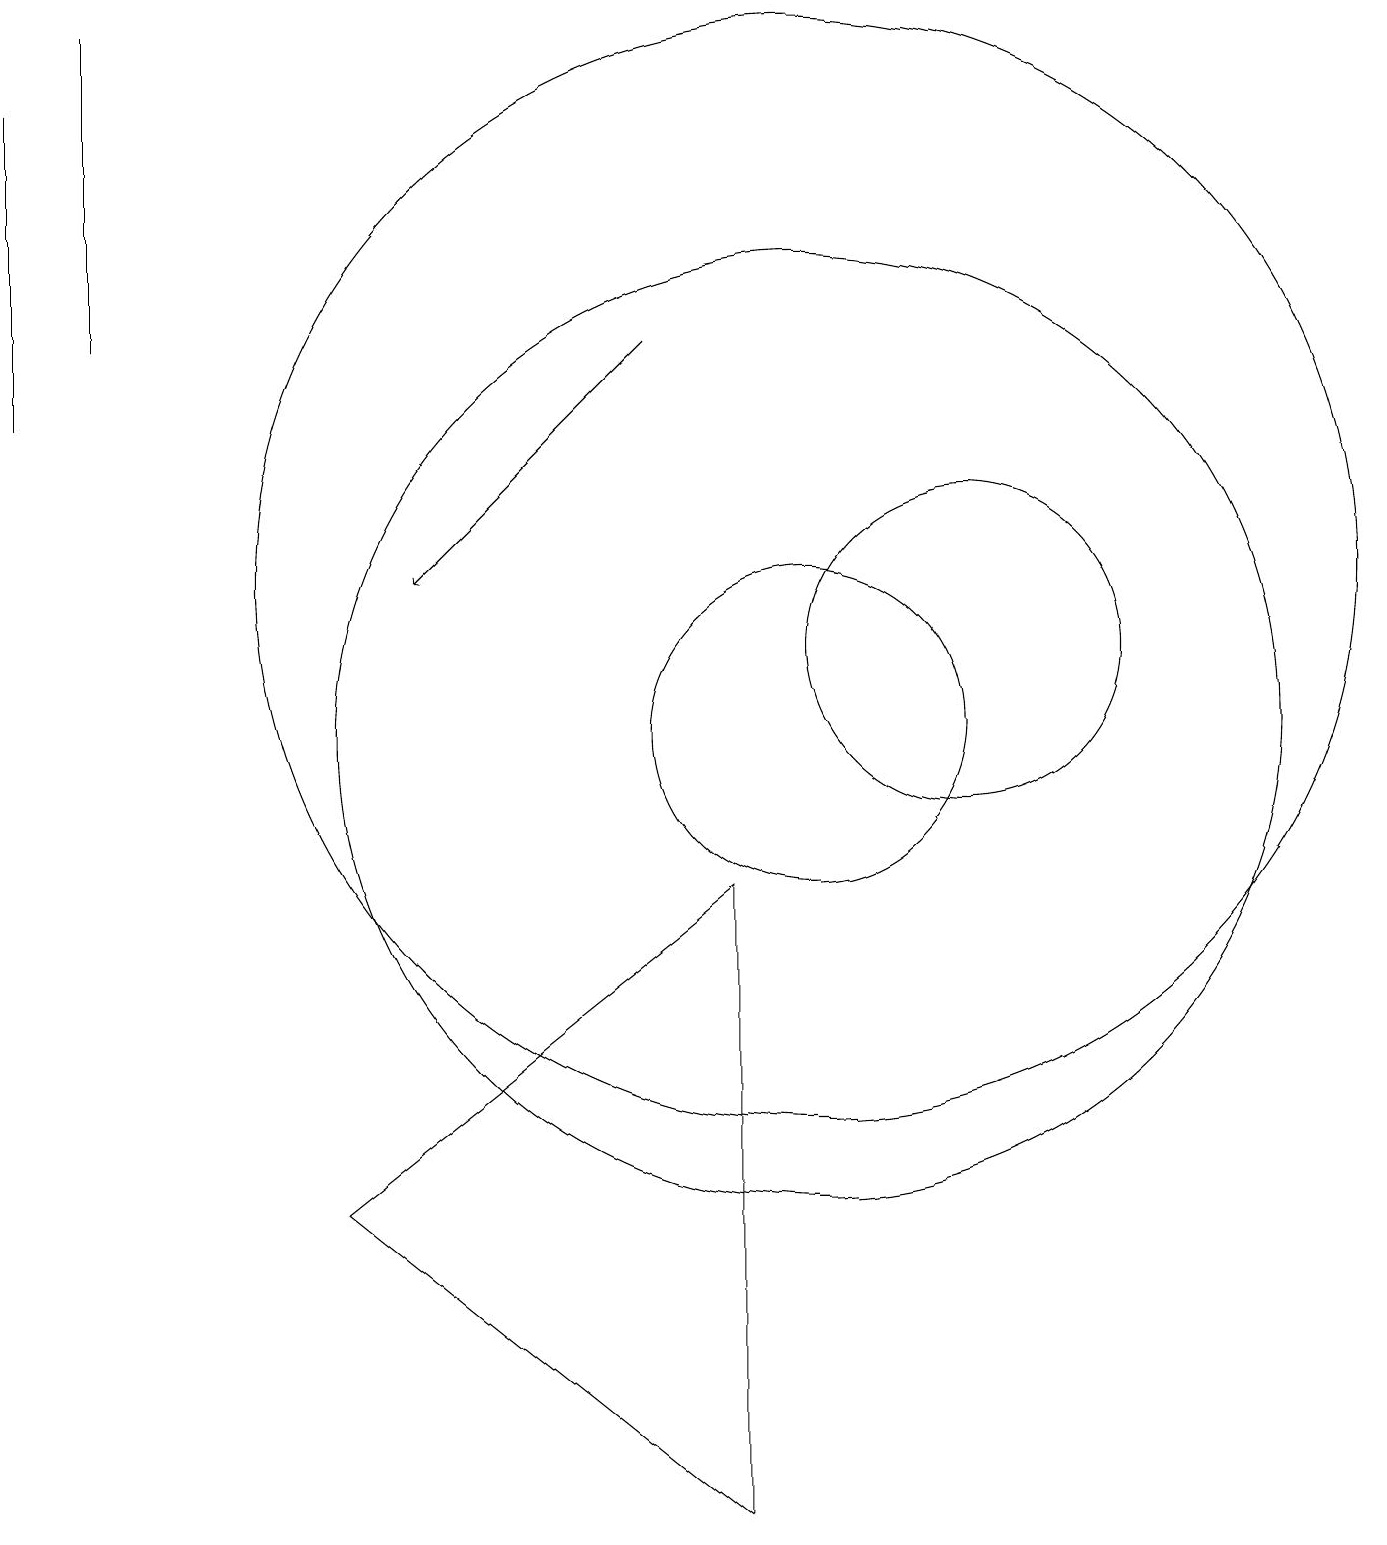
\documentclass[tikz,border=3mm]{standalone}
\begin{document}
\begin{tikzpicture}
\draw (0,18) rectangle (0,14);
\draw (1,19) rectangle (1,15);
\draw (12,11) circle (2);
\draw (9,0) -- (4,4) -- (9,8) -- cycle;
\draw (10,10) circle (6);
\draw (10,10) circle (2);
\draw (10,12) circle (7);
\draw[->] (8,15) -- (5,12);
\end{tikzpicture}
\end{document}